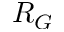
R _ { G }